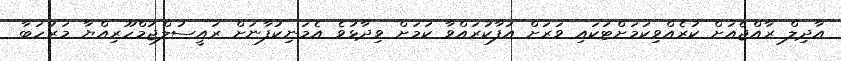
އާދިލް ރާއްޖެއަށް ކުރެއްވިކަމަށްޓަކައި ވަރަށް އުފާކުރައްވާ ކަމަށް ވިދާޅުވެ އެމަނިކުފާނަށް ރައީސުލްޖުމްހޫރިއްޔާ މަރުހަބާ